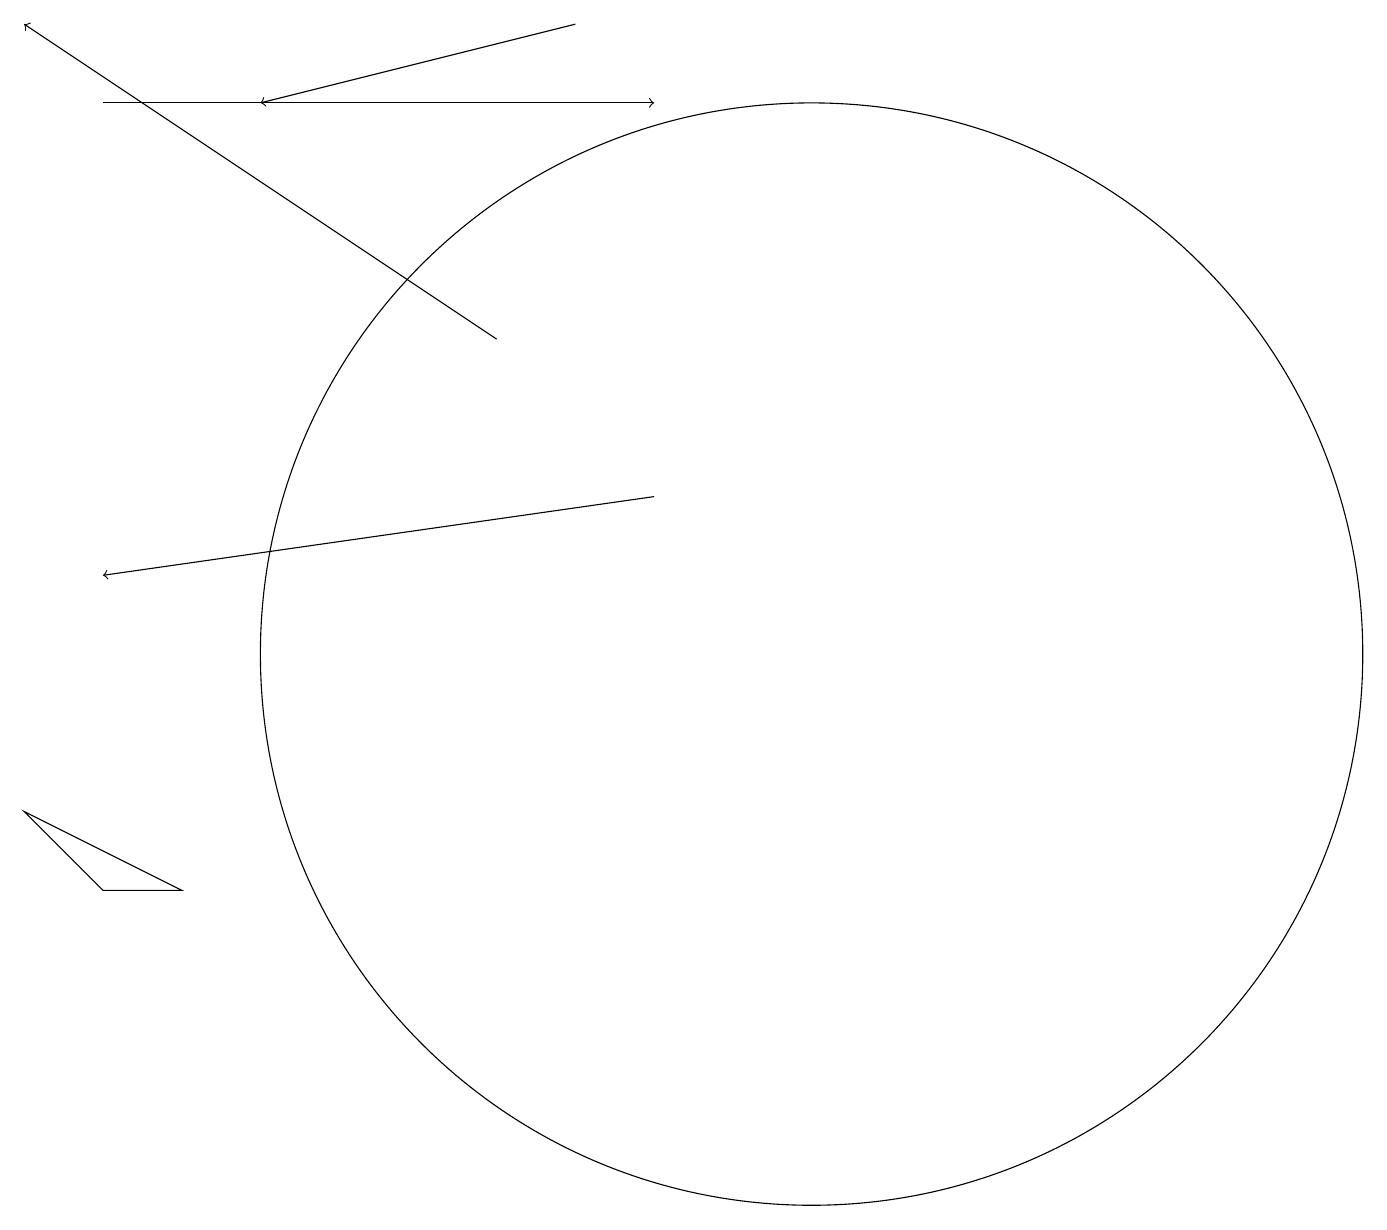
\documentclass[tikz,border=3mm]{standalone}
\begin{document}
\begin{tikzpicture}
\draw (0,8) -- (2,7) -- (1,7) -- cycle;
\draw[->] (7,18) -- (3,17);
\draw[->] (8,12) -- (1,11);
\draw[->] (1,17) -- (8,17);
\draw (10,10) circle (7);
\draw[->] (6,14) -- (0,18);
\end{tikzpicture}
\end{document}